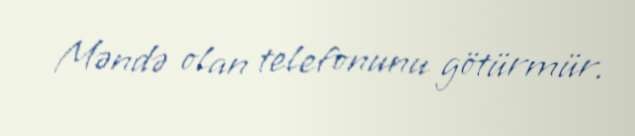
Məndə olan telefonunu götürmür.